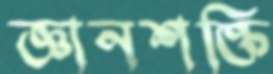
জ্ঞানশক্তি